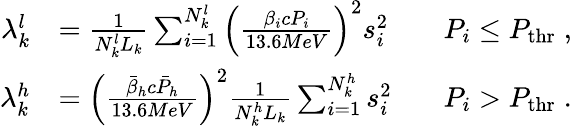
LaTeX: \begin{array}{rlr}{\lambda_{k}^{l}}&{=\frac{1}{N_{k}^{l}L_{k}}\sum_{i=1}^{N_{k}^{l}}{\left(\frac{\beta_{i}cP_{i}}{13.6MeV}\right)^{2}s_{i}^{2}}\; \; \; }&{P_{i}\leq P_{\mathrm{thr}}\; ,}\\ {\lambda_{k}^{h}}&{=\left(\frac{\bar{\beta}_{h}c\bar{P}_{h}}{13.6MeV}\right)^{2}\frac{1}{N_{k}^{h}L_{k}}\sum_{i=1}^{N_{k}^{h}}{s_{i}^{2}}\; \; \; }&{P_{i}>P_{\mathrm{thr}}\; .}\end{array}